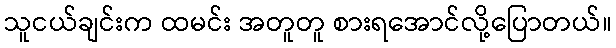
သူငယ်ချင်းက ထမင်း အတူတူ စားရအောင်လို့ပြောတယ်။